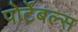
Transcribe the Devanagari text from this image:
पोर्टेबल्स